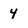
Character: 4